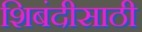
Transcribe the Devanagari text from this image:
शिबंदीसाठी